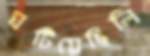
ঘটিয়েছিলি